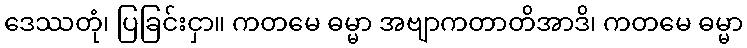
ဒေဿတုံ၊ ပြခြင်းငှာ။ ကတမေ ဓမ္မာ အဗျာကတာတိအာဒိ၊ ကတမေ ဓမ္မာ